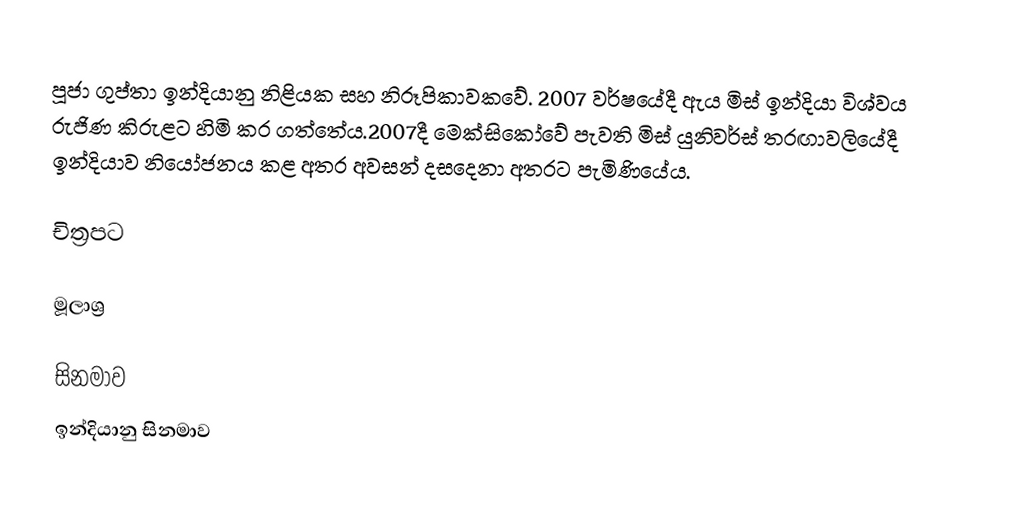
පූජා ගුප්තා ඉන්දියානු නිළියක සහ නිරූපිකාවකවේ. 2007 වර්ෂයේදී ඇය මිස් ඉන්දියා විශ්වය රුජිණ කිරුළට හිමි කර ගත්තේය.2007දී මෙක්සිකෝවේ පැවති මිස් යුනිවර්ස් තරඟාවලියේදී ඉන්දියාව නියෝජනය කළ අතර අවසන් දසදෙනා අතරට පැමිණියේය.

චිත්‍රපට

මූලාශ්‍ර

සිනමාව
ඉන්දියානු සිනමාව